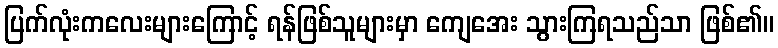
ပြက်လုံးကလေးများကြောင့် ရန်ဖြစ်သူများမှာ ကျေအေး သွားကြရသည်သာ ဖြစ်၏။